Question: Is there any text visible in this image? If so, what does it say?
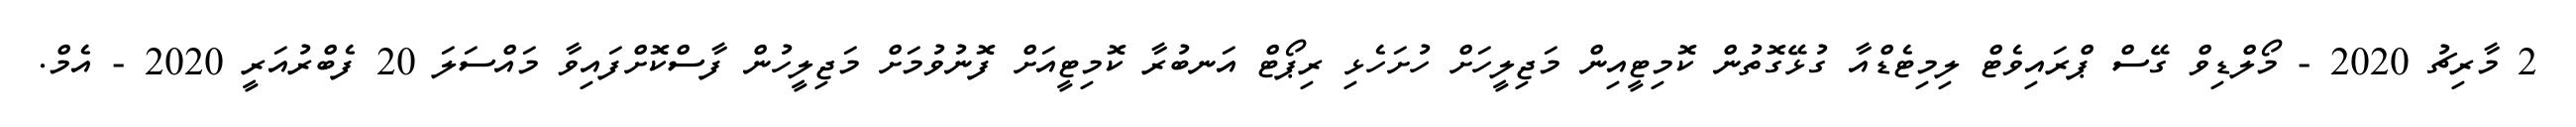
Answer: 2 މާރިޗު 2020 - މޯލްޑިވް ގޭސް ޕްރައިވެޓް ލިމިޓެޑްއާ ގުޅޭގޮތުން ކޮމިޓީއިން މަޖިލީހަށް ހުށަހެޅި ރިޕޯޓް އަނބުރާ ކޮމިޓީއަށް ފޮނުވުމަށް މަޖިލީހުން ފާސްކޮށްފައިވާ މައްސަލަ 20 ފެބްރުއަރީ 2020 - އެމް.